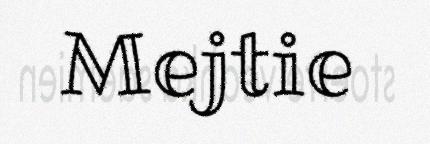
Mejtie